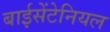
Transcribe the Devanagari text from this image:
बाईसेंटेनियल